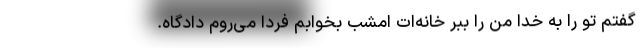
گفتم تو را به خدا من را ببر خانه‌ات امشب بخوابم فردا می‌روم دادگاه.